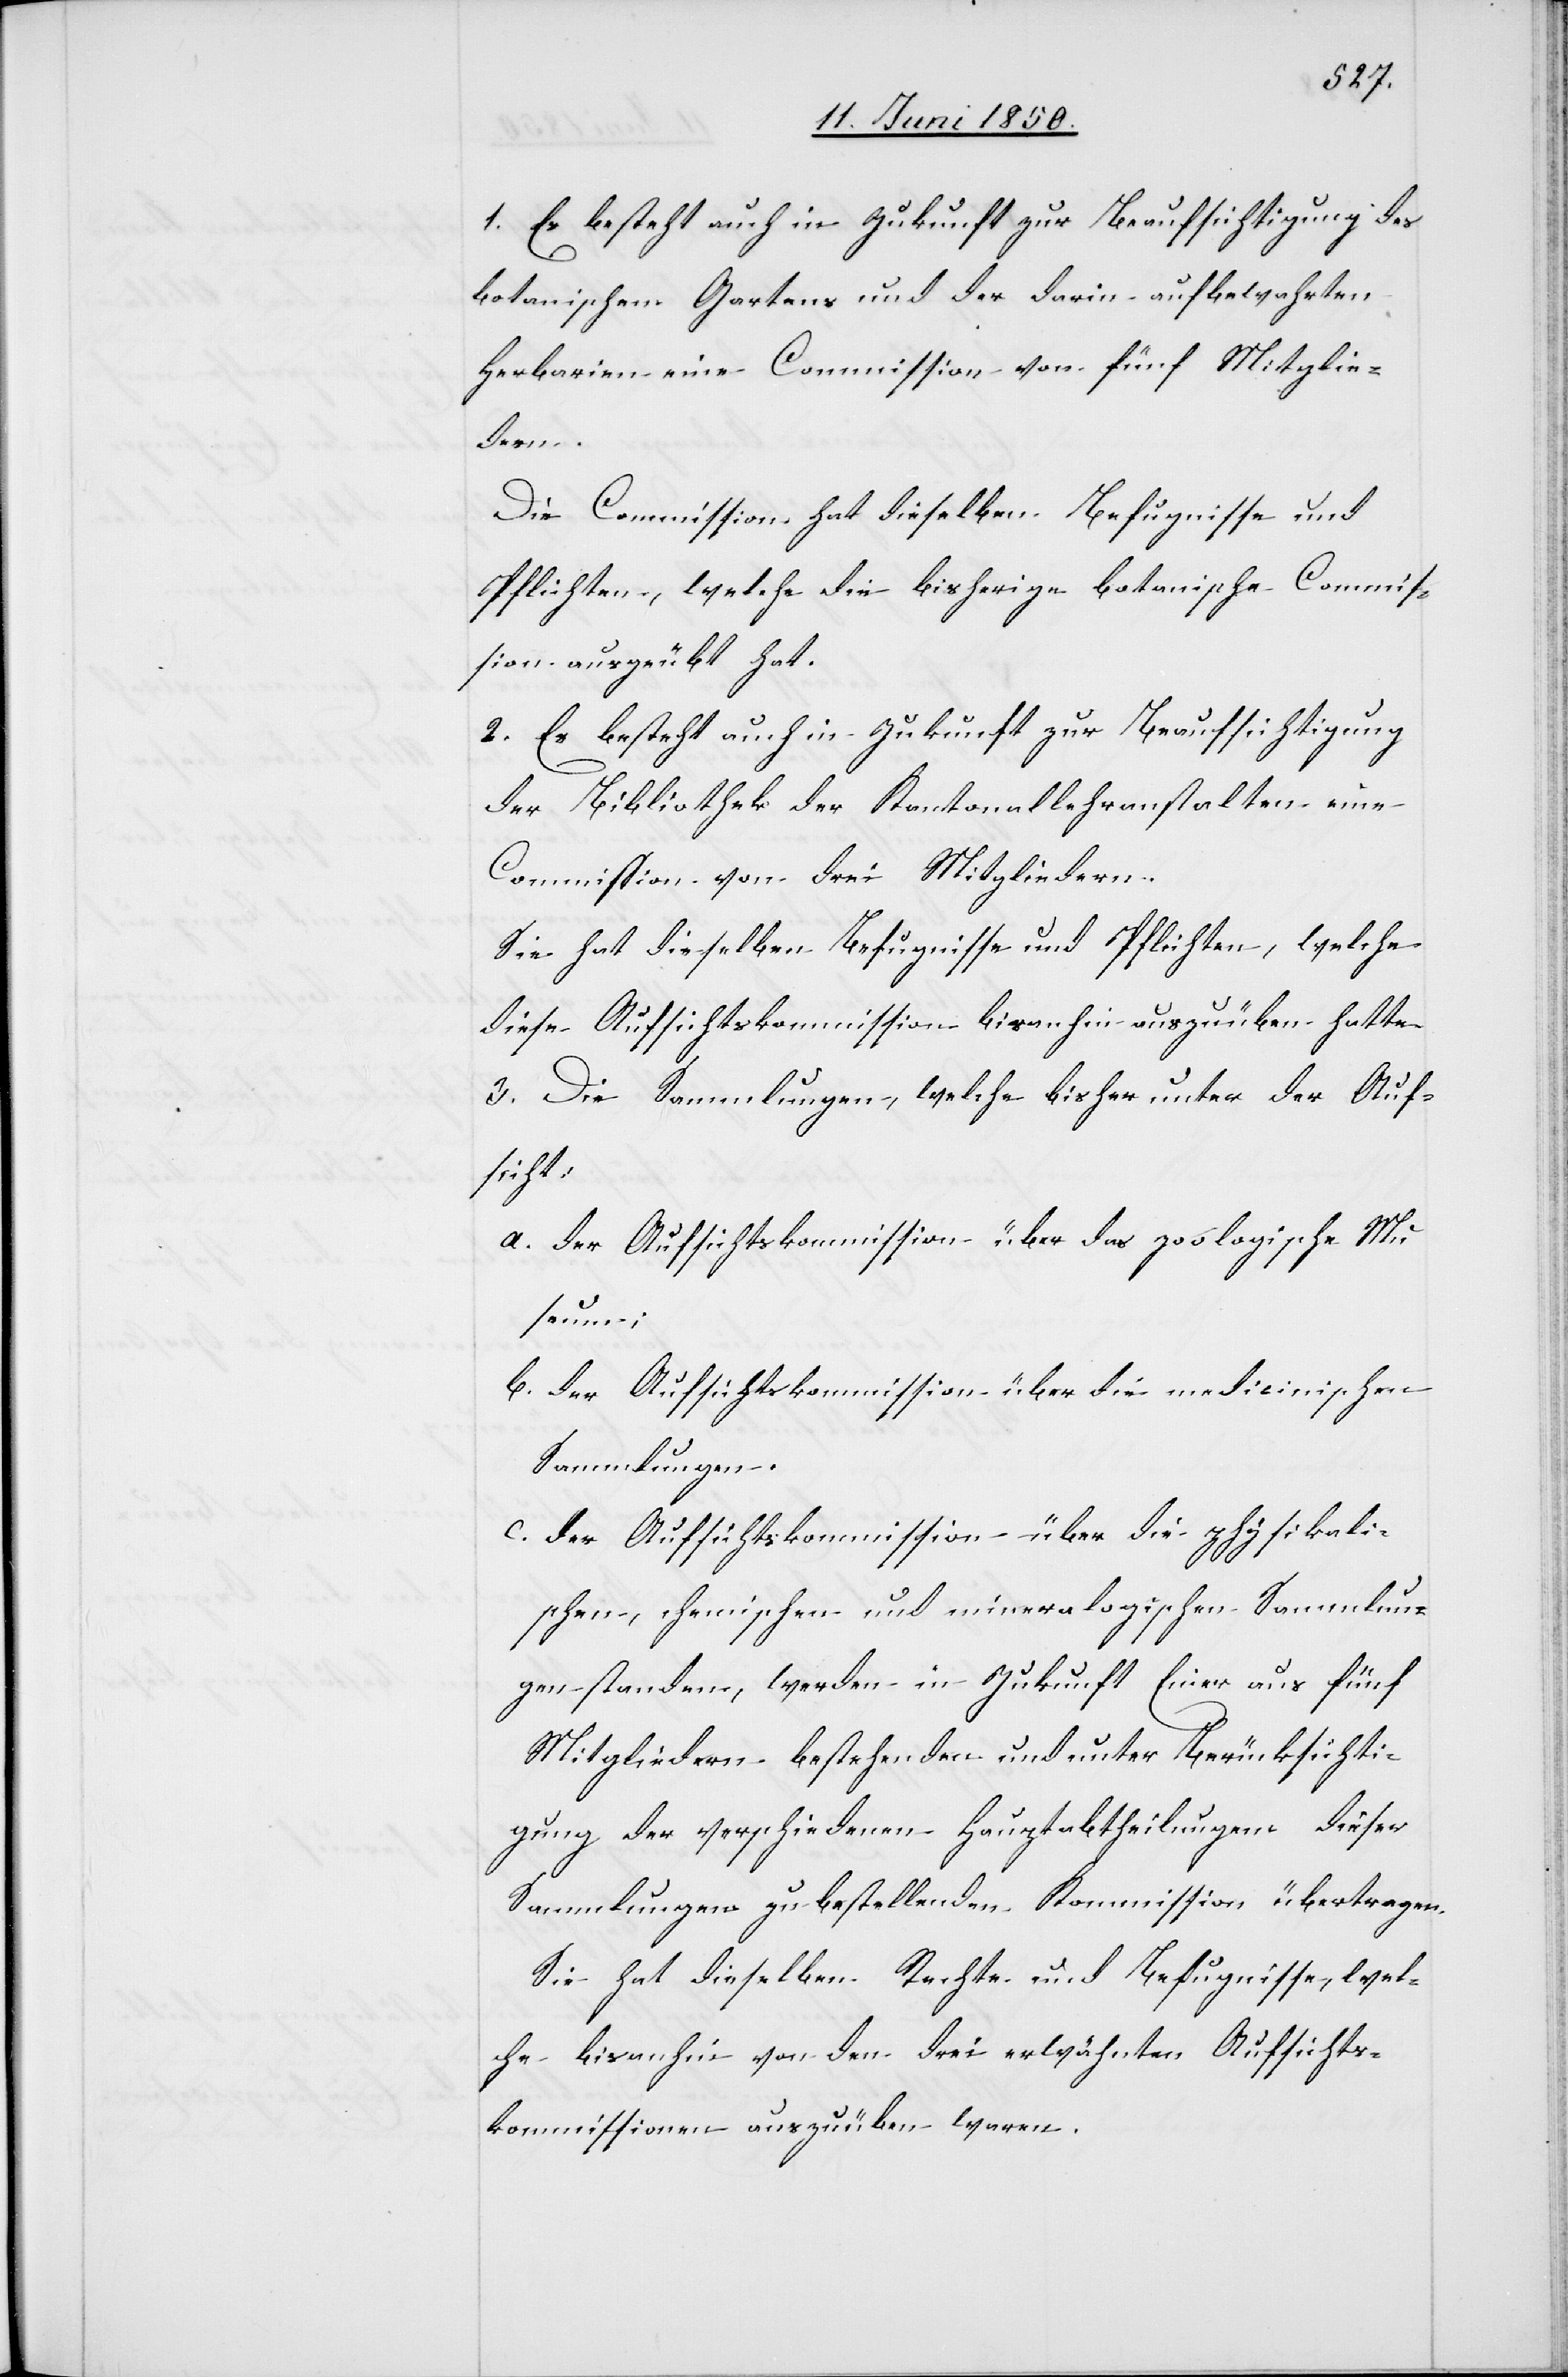
1. Es besteht auch in Zukunft zur Beaufsichtigung des
botanischen Gartens und der darin aufbewahrten
Herbarien eine Commission von fünf Mitglie¬
dern.
Die Commission hat dieselben Befugnisse und
Pflichten, welche die bisherige botanische Commis¬
sion ausgeübt hat.
2. Es besteht auch in Zukunft zur Beaufsichtigung
der Bibliothek der Kantonallehranstalten eine
Commission von drei Mitgliedern.
Sie hat dieselben Befugnisse und Pflichten, welche
diese Aufsichtskommission bisanhin auszuüben hatte.
3. Die Sammlungen, welche bisher unter der Auf¬
sicht
a. der Aufsichtskommission über das zoologische Mu¬
seum;
b. der Aufsichtskommission über die medicinischen
Sammlungen.
c. der Aufsichtskommission über die physikali¬
schen, chemischen und mineralogischen Sammlun¬
gen standen, werden in Zukunft Einer aus fünf
Mitgliedern bestehenden und unter Berücksichti¬
gung der verschiedenen Hauptabtheilungen dieser
Sammlungen zu bestellenden Kommission übertragen.
Sie hat dieselben Rechte und Befugnisse, wel¬
che bisanhin von den drei erwähnten Aufsichts¬
kommissionen auszuüben waren.